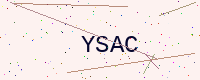
Text: YSAC